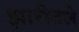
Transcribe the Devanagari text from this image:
झारीतले